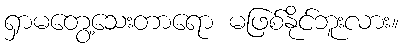
ရှာမတွေ့သေးတာရော မဖြစ်နိုင်ဘူးလား။